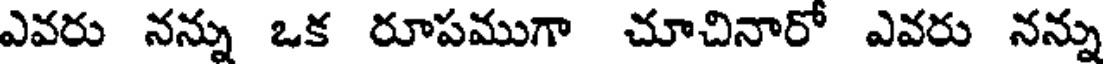
ఎవరు నన్ను ఒక రూపముగా చూచినారో ఎవరు నన్ను